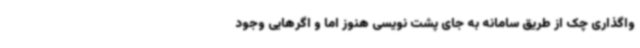
واگذاری چک از طریق سامانه به جای پشت نویسی هنوز اما و اگرهایی وجود